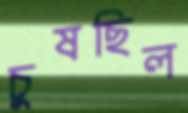
চুষছিল